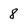
Character: 8